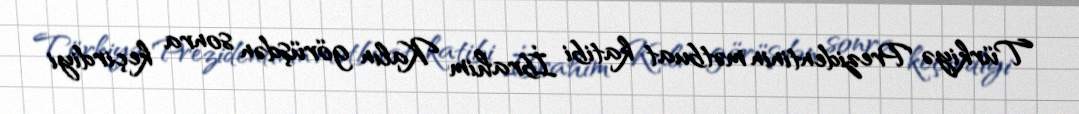
Türkiyə Prezidentinin mətbuat katibi İbrahim Kalın görüşdən sonra keçirdiyi